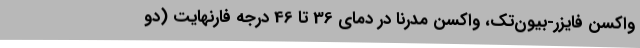
واکسن فایزر-بیون‌تک، واکسن مدرنا در دمای 36 تا 46 درجه فارنهایت (دو